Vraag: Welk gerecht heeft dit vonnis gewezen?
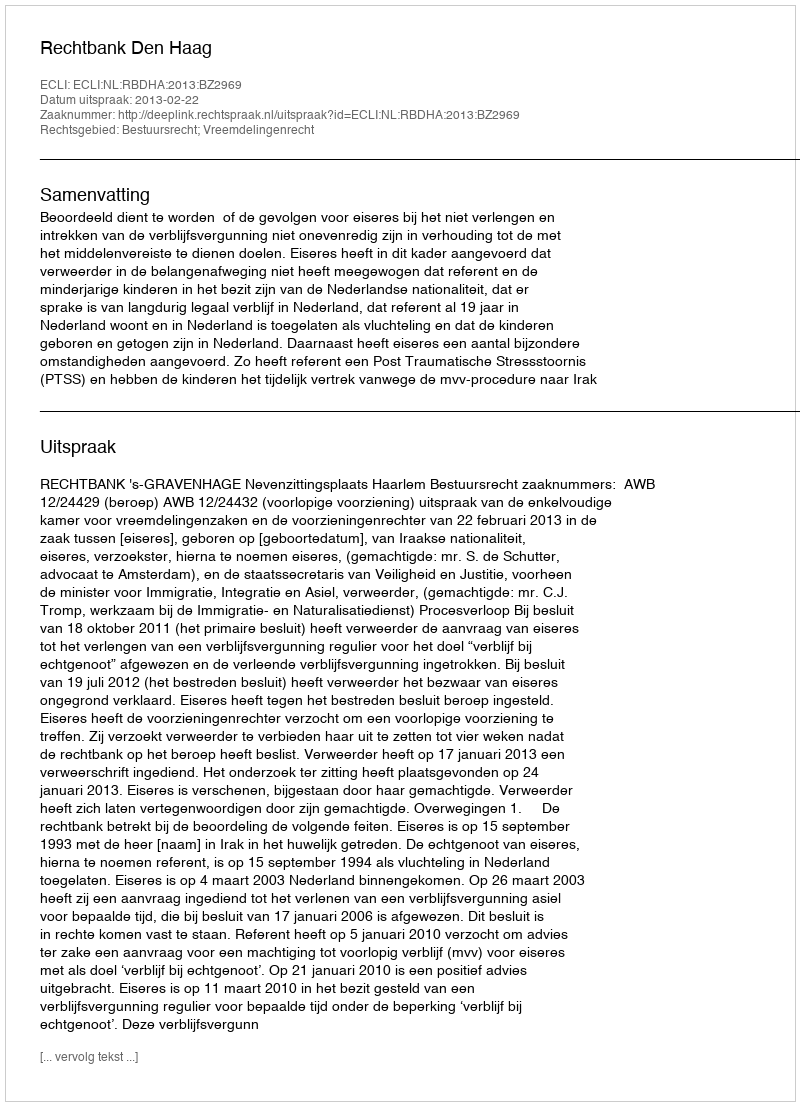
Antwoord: Rechtbank Den Haag